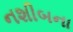
નશીબના